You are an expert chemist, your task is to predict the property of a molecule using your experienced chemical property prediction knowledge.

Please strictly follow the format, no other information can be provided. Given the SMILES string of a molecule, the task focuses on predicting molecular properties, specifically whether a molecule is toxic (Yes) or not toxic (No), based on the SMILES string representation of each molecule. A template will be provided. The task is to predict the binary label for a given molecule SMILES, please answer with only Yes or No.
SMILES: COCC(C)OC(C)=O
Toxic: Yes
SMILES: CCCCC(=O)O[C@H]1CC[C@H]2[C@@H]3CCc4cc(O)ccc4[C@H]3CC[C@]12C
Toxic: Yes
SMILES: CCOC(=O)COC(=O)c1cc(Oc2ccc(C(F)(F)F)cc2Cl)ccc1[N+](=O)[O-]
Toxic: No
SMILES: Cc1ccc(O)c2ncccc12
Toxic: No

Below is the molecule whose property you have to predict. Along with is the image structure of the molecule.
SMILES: C=CCOc1c(Br)cc(Br)cc1Br
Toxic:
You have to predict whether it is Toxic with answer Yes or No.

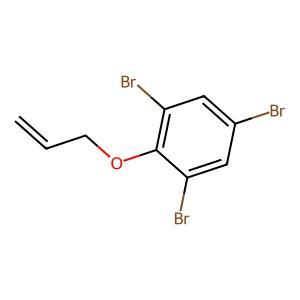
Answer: No